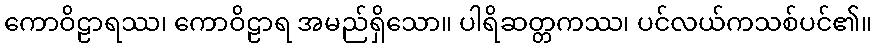
ကောဝိဠာရဿ၊ ကောဝိဠာရ အမည်ရှိသော။ ပါရိဆတ္တကဿ၊ ပင်လယ်ကသစ်ပင်၏။